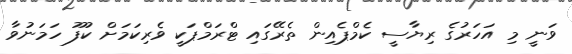
ވަނީ މި އަހަރުގެ ރިޔާސީ ކެމްޕެއިން ތެރޭގައި ޓްރަމްޕަކީ ވެރިކަމަށް ކުފޫ ހަމަނުވާ